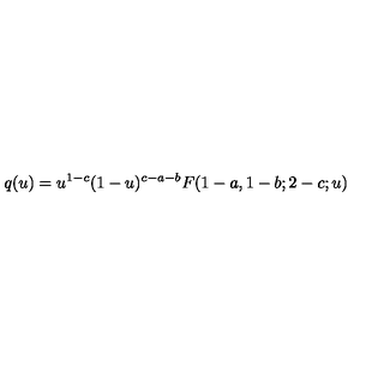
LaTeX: q ( u ) = u ^ { 1 - c } ( 1 - u ) ^ { c - a - b } F ( 1 - a , 1 - b ; 2 - c ; u )